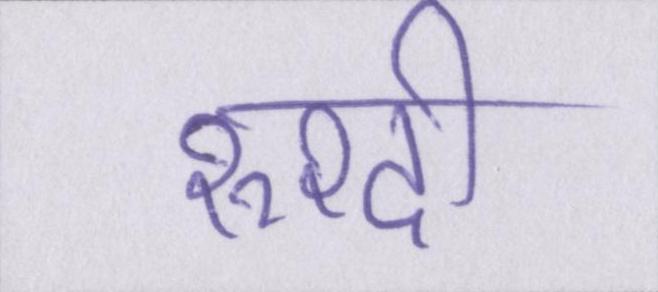
रुश्दी